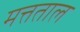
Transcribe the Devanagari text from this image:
मत्तताल